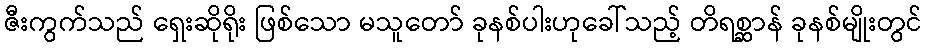
ဇီးကွက်သည် ရှေးဆိုရိုး ဖြစ်သော မသူတော် ခုနစ်ပါးဟုခေါ်သည့် တိရစ္ဆာန် ခုနစ်မျိုးတွင်